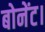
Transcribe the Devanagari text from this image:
बोनेंट।